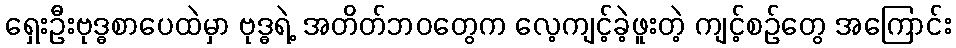
ရှေးဦးဗုဒ္ဓစာပေထဲမှာ ဗုဒ္ဓရဲ့ အတိတ်ဘဝတွေက လေ့ကျင့်ခဲ့ဖူးတဲ့ ကျင့်စဉ်တွေ အကြောင်း